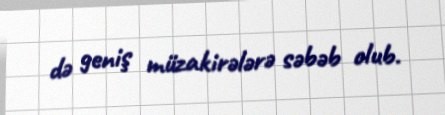
də geniş müzakirələrə səbəb olub.